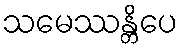
သမေဿန္တိပေ